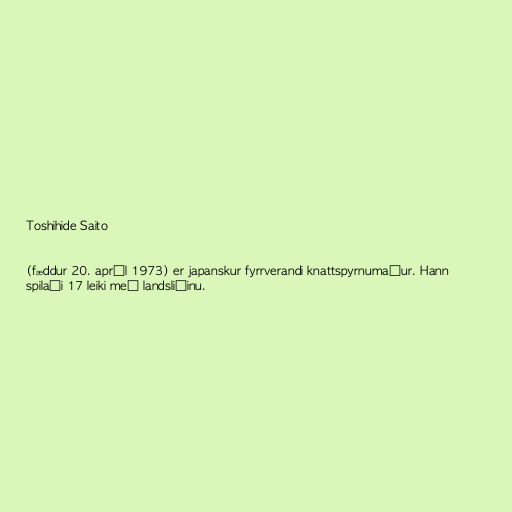
Toshihide Saito

(fæddur 20. apríl 1973) er japanskur fyrrverandi knattspyrnumaður. Hann
spilaði 17 leiki með landsliðinu.